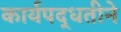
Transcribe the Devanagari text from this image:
कार्यपद्धतीने